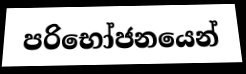
පරිභෝජනයෙන්